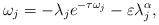
LaTeX: \begin{align*} \omega_j = -\lambda_j e^{-\tau \omega_j} - \varepsilon \lambda_j^\alpha, \end{align*}